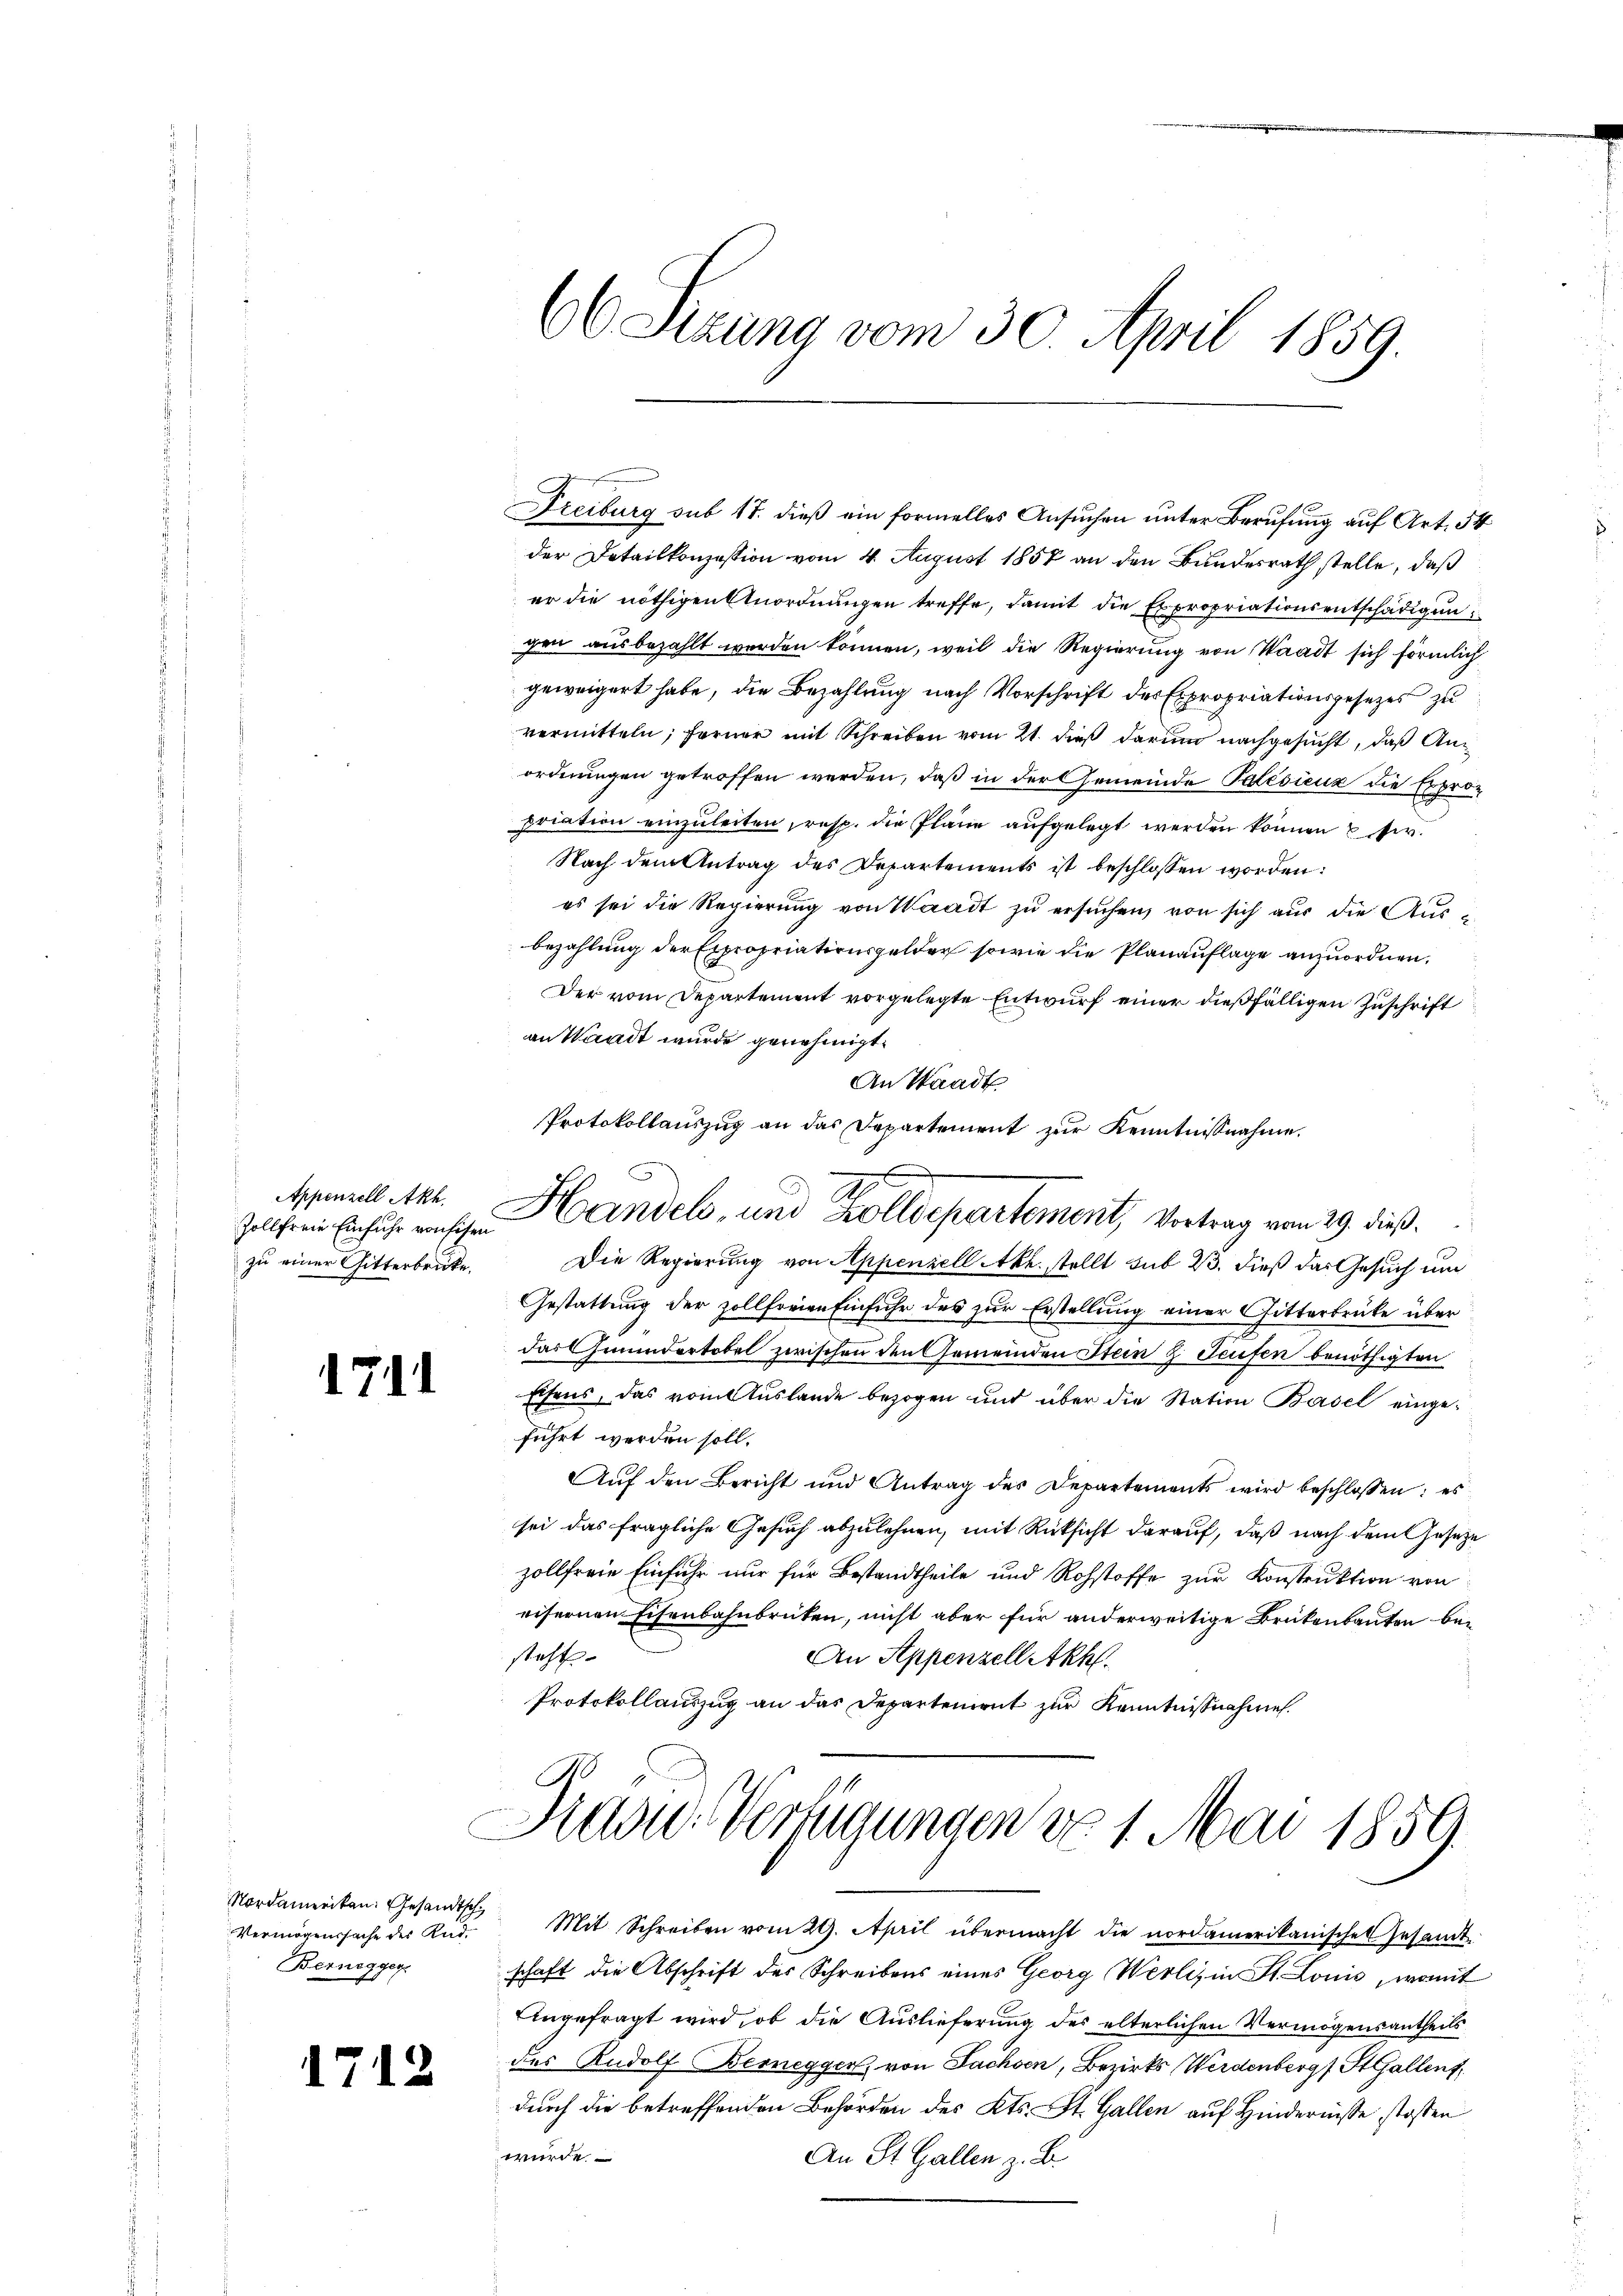
Zollfreie Einfuhr von Eisen
zu einer Sitterbrücke.

171

Nordamerikan. Gesandtsch¬
Vermögenssache des Rud.
Bernegger.

1712

66 Sizung vom 30. April 1859.

der Detailkonzession vom 4. August 1857 an den Bundesrath stelle, daß
er die nöthigen Anordnŭngen treffe, damit die Expropriationsentschädigungen ausbezahlt worden können, weil die Regierung von Waadt sich förmlich
geweigert habe, die Bezahlung nach Vorschrift der Expropriationsgesetzes zu
vermitteln; ferner mit Schreiben vom 21. dieß darum nachgesucht, daß Anordnungen getroffen werden, daß in der Gemeinde Patedicus die Erbropriation einzuleiten, resp. die Plane aufgelegt werden können Ver
Nach dem Antrag des Departements ist beschlossen worden:
es sei die Regierung von Waadt zu ersuchen, von sich aus die Ausbezahlung der Expropriationsgelder sowie die Planauflage anzuordnen,
Der vom Departement vorgelegte Entwurf einer dießfälligen Zuschrift
an Waadt wurde genehmigt.
An Waadt
Protokollauszug an das Departement zur Kenntnisnahme.
Apnell Art. Handels, und er Departement, Vortrag von 29. dieß
Die Regierung von Appenzell Akt. stellt sub 23. dieß das Gesuch um
Gestattung der zollforien Einfuhr des zur Erstellung einer Gitterbrüke über
das mündertobel zwischen den Gemeinden Stein z Teufen benöthigten
Elsens, das vom Auslande bezogen und über die Station Basel eingeführt werden soll.
Auf den Bericht und Antrag der Departements wird beschlossen: es
sei das fragliche Gesuch abzulehnen, mit Rücksicht darauf, daß nach dem Gesetze
zollfreie Einfuhr nur für Bestandtheile und Rohstoffe zur Konstruktion von
eisernen Eisenbahnbrüten, nicht aber für anderweitige Brükenbauten bei
steht.
An Appenzelletkh.
Protokollauszug an das Departement zur Kenntnißnahme.
A
Diasu Verfügungen do 1. Mai 1859.

Freiburg sub 17. dieß ein formelles Ansuchen unter Berufung auf Art. 54

Mit Schreiben vom 29. April übermacht die nordamerikanischen Gesamt
schaft die Abschrift der Schreibens eines Georg Werlis in St. Louis, womit
Eingefragt wird, ob die Auslieferung des elterlichen Vermögensantheils
des Rudolf Bernegger, von Fachsen, Bezirks Werdenberg, St. Gallent,
durch die betreffenden Behörden des Kts. St. Gallen auf Hindernisse stossen
wurde
An St. Gallen z. B.